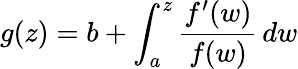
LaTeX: g(z)=b+\int_{a}^{z}{\frac{f^{\prime}(w)}{f(w)}}\, dw